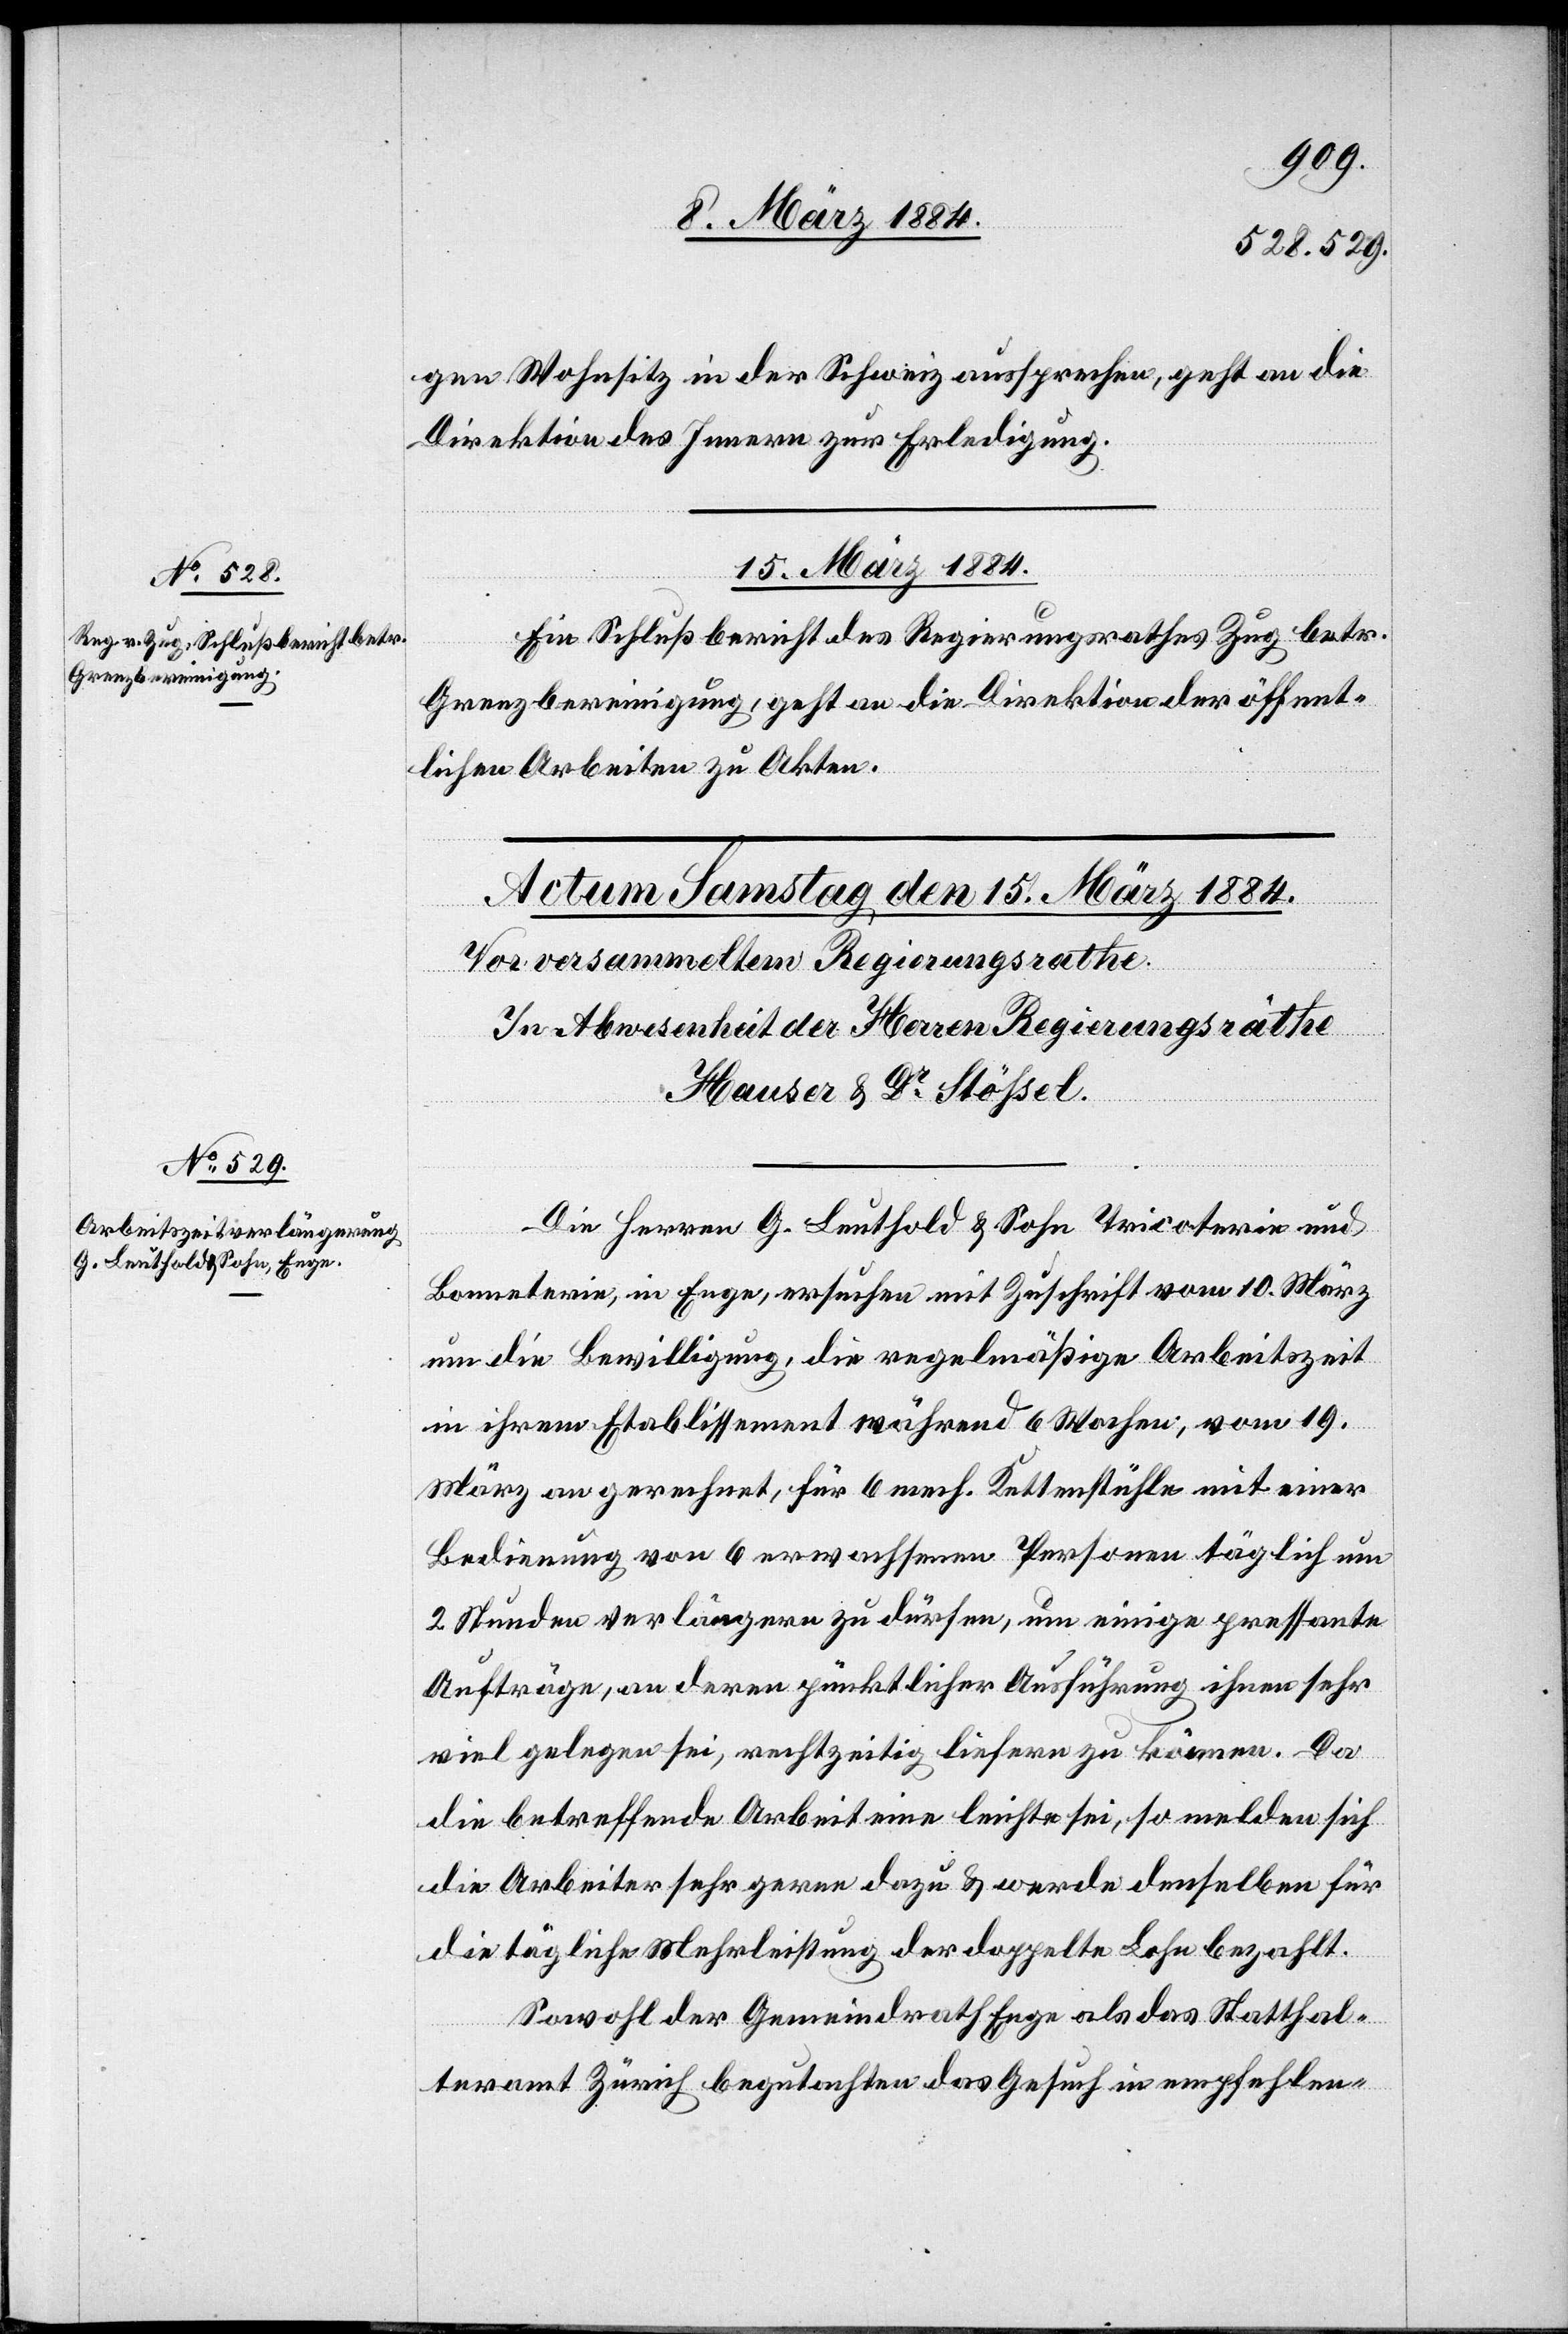
gen Wohnsitz in der Schweiz aussprechen, geht an die
Direktion des Innern zur Erledigung.
15. März 1884.
Ein Schlußbericht des Regierungsrathes Zug betr.
Grenzbereinigung, geht an die Direktion der öffent¬
lichen Arbeiten zu Akten.
Die Herren G. Leuthold & Sohn, Tricoterie und
Bonneterie, in Enge, ersuchen mit Zuschrift vom 10. März
um die Bewilligung, die regelmäßige Arbeitszeit
in ihrem Etablissement während 6 Wochen, vom 19.
März an gerechnet, für 6 mech. Kettenstühle mit einer
Bedienung von 6 erwachsenen Personen täglich um
2 Stunden verlängern zu dürfen, um einige pressante
Aufträge, an deren pünktlicher Ausführung ihnen sehr
viel gelegen sei, rechtzeitig liefern zu können. Da
die betreffende Arbeit eine leichte sei, so melden sich
die Arbeiter sehr gerne dazu & werden denselben für
die tägliche Mehrleistung der doppelte Lohn bezahlt.
Sowohl der Gemeindrath Enge als das Statthal¬
teramt Zürich begutachten das Gesuch in empfehlen-